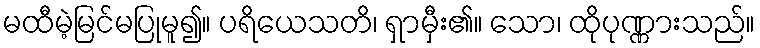
မထီမဲ့မြင်မပြုမူ၍။ ပရိယေသတိ၊ ရှာမှီး၏။ သော၊ ထိုပုဏ္ဏားသည်။